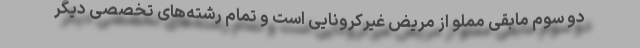
دو سوم مابقی مملو از مریض غیرکرونایی است و تمام رشته‌های تخصصی دیگر